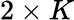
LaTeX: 2\times K